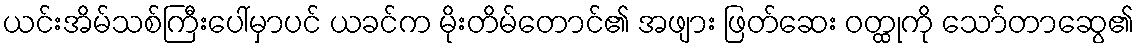
ယင်းအိမ်သစ်ကြီးပေါ်မှာပင် ယခင်က မိုးတိမ်တောင်၏ အဖျား ဖြတ်ဆေး ဝတ္ထုကို သော်တာဆွေ၏